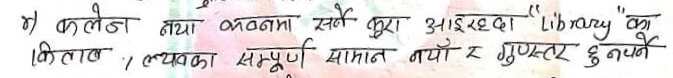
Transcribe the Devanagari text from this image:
४) कलेठा नयाँ भवनमा सधै कुरा आइरहेछ। "library" को
किताब; व्यबस्थाका सम्पूर्ण सामान नयाँ र गुणस्तर हुनुपर्ने।